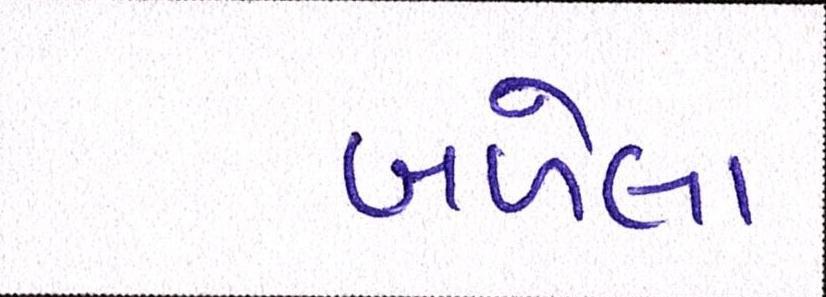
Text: બળેલા